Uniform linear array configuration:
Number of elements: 24
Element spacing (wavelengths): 1
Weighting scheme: exponential
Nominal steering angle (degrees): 30
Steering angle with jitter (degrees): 28.196
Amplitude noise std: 0.05
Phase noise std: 0.05

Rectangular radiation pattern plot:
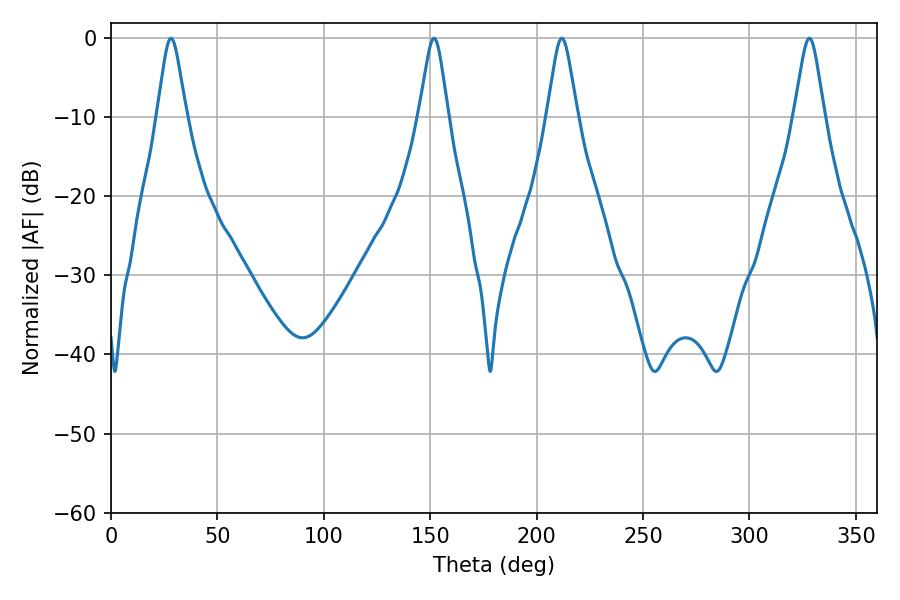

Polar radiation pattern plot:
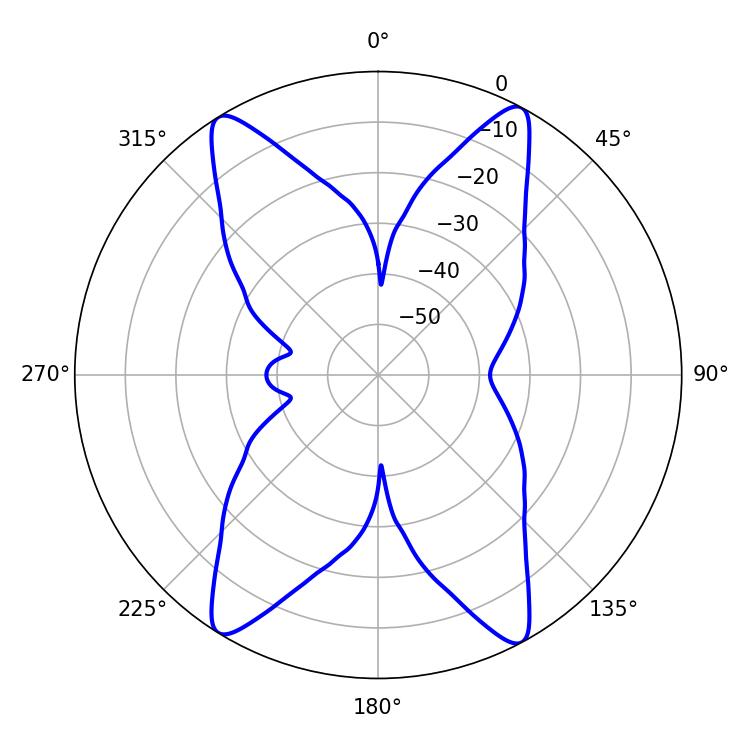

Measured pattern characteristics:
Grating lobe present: TRUE
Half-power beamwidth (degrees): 6.84
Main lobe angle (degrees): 211.86